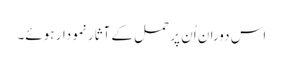
اس دوران اُن پر حمل کے آثار نمودار ہوئے۔